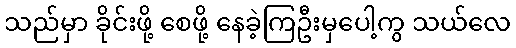
သည်မှာ ခိုင်းဖို့ စေဖို့ နေခဲ့ကြဦးမှပေါ့ကွ သယ်လေ